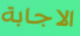
الاجابة